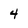
Character: 4